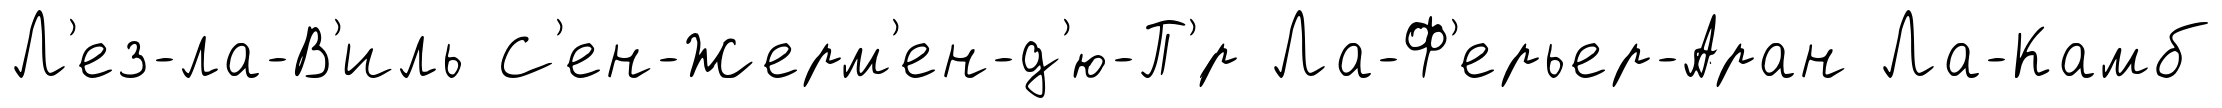
Л'ез-ла-В'иль С'ен-Жерм'ен-д'ю-П'́р Ла-Ф'ерьер-Аран Ла-Камб